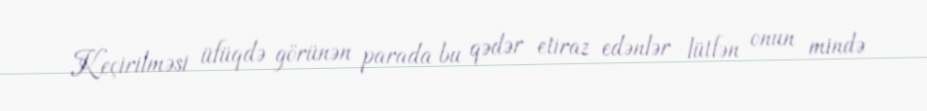
Keçirilməsi üfüqdə görünən parada bu qədər etiraz edənlər lütfən onun mində